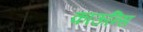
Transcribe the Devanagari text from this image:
काऊन्सि